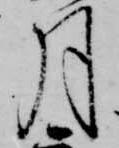
月